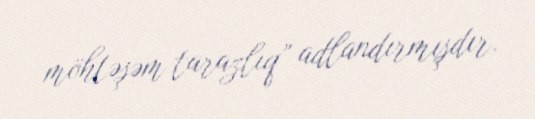
möhtəşəm tarazlıq” adlandırmışdır.